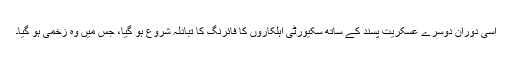
اسی دوران دوسرے عسکریت پسند کے ساتھ سکیورٹی اہلکاروں کا فائرنگ کا تبادلہ شروع ہو گیا، جس میں وہ زخمی ہو گیا۔